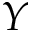
Y